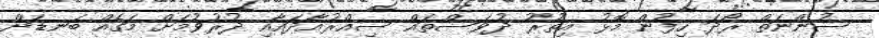
ސުންނަތް ރޯދަ ހިފުން މޮޅު އިތުރު ދުވަސްތައް ސިއްރުއާދައާއި ދުރުވުމަށް މަގެއް ބަނޑަށް